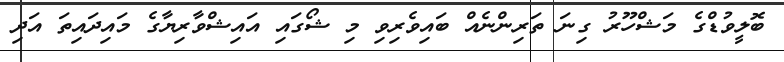
ބޮލީވުޑްގެ މަޝްހޫރު ގިނަ ތަރިންނެއް ބައިވެރިވި މި ޝޯގައި އައިޝްވާރިޔާގެ މައިދައިތަ އަދި